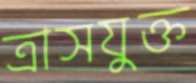
ত্রাসযুক্ত